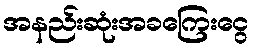
အနည်းဆုံးအခကြေးငွေ